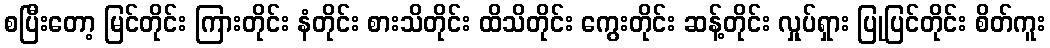
စပြီးတော့ မြင်တိုင်း ကြားတိုင်း နံတိုင်း စားသိတိုင်း ထိသိတိုင်း ကွေးတိုင်း ဆန့်တိုင်း လှုပ်ရှား ပြုပြင်တိုင်း စိတ်ကူး